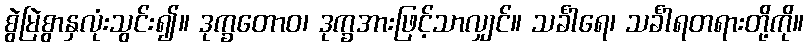
စွဲမြဲစွာနှလုံးသွင်း၍။ ဒုက္ခတောဝ၊ ဒုက္ခအားဖြင့်သာလျှင်။ သင်္ခါရေ၊ သင်္ခါရတရားတို့ကို။